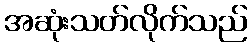
အဆုံးသတ်လိုက်သည်